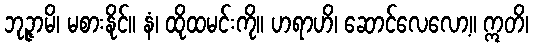
ဘုဉ္ဇာမိ၊ မစားနိုင်။ နံ၊ ထိုထမင်းကို။ ဟရာဟိ၊ ဆောင်လေလော့။ ဣတိ၊